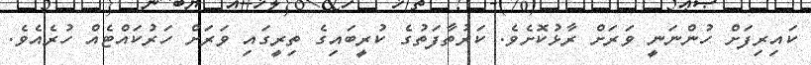
ކައިރިފަށް ހުންނަނީ ވަރަށް ރާޅުކޮށެވެ. ކަރުތާފަތުގެ ކުރީބައިގެ ތިރީގައި ވަރަށް ހަރުކައްޓެއް ހުރެއެވެ.